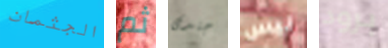
الجثمان ثم جندى ليس برود